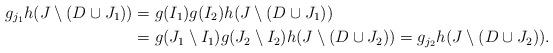
LaTeX: \begin{align*}g_{j_1}h(J\setminus(D\cup J_1))&=g(I_1)g(I_2)h(J\setminus(D\cup J_1))\\&=g(J_1\setminus I_1)g(J_2\setminus I_2)h(J\setminus(D\cup J_2))=g_{j_2}h(J\setminus(D\cup J_2)).\end{align*}